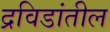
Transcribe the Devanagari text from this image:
द्रविडांतील